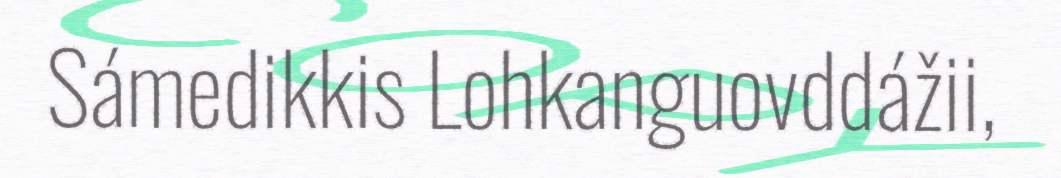
Sámedikkis Lohkanguovddážii,